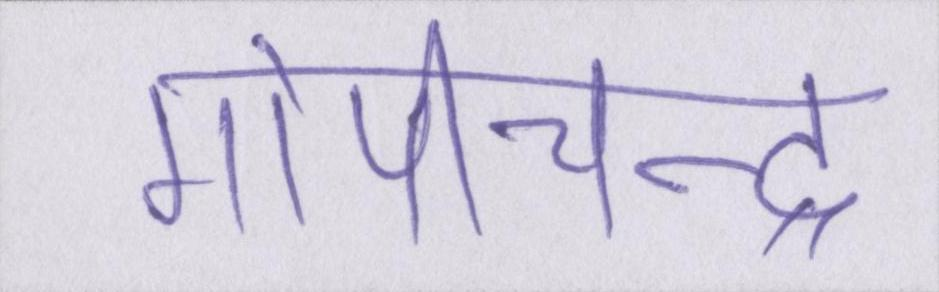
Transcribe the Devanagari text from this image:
गोपीचन्द्र